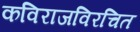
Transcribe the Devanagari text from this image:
कविराजविरचित